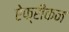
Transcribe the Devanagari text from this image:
ऐफ्रीकन